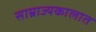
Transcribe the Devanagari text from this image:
साम्राज्यकालात